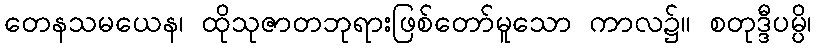
တေနသမယေန၊ ထိုသုဇာတဘုရားဖြစ်တော်မူသော ကာလ၌။ စတုဒ္ဒီပမ္ပိ၊